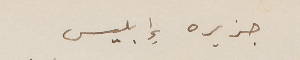
جزيره إِبليس